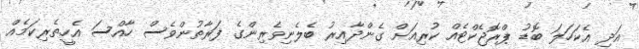
އަދި އެކަހަލަ ބޮޑު ޕްރޮޖެކްޓެއް ކުރިއަށް ގެންދާއިރު ބެލެނިވެރިންގެ ފަރާތުންވެސް ހާއްސަ އެހީތެރިކަމެއް